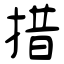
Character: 措